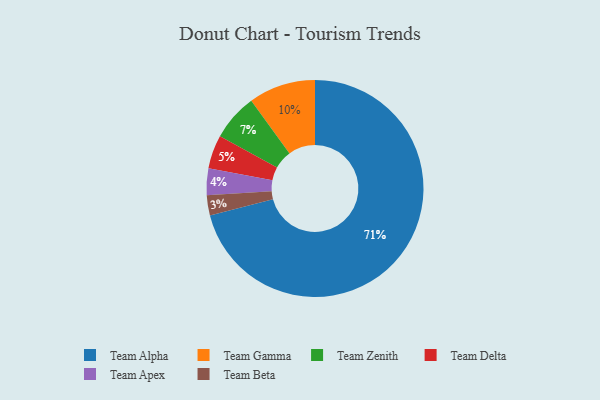
{"axis": {"x": "Category", "y": "Percentage"}, "legend": ["Team Alpha", "Team Apex", "Team Beta", "Team Delta", "Team Gamma", "Team Zenith"], "data": [{"x": "Team Zenith", "y": 7, "type": "Team Zenith"}, {"x": "Team Gamma", "y": 10, "type": "Team Gamma"}, {"x": "Team Beta", "y": 3, "type": "Team Beta"}, {"x": "Team Apex", "y": 4, "type": "Team Apex"}, {"x": "Team Delta", "y": 5, "type": "Team Delta"}, {"x": "Team Alpha", "y": 71, "type": "Team Alpha"}]}